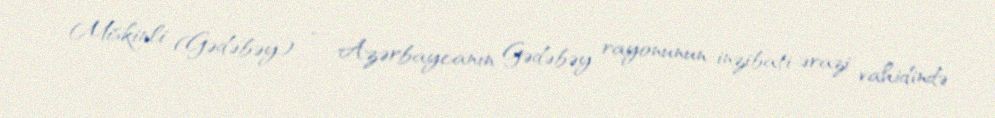
Miskinli (Gədəbəy) — Azərbaycanın Gədəbəy rayonunun inzibati ərazi vahidində